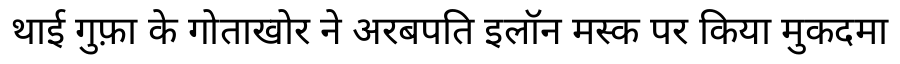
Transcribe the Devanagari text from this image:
थाई गुफ़ा के गोताखोर ने अरबपति इलॉन मस्क पर किया मुकदमा